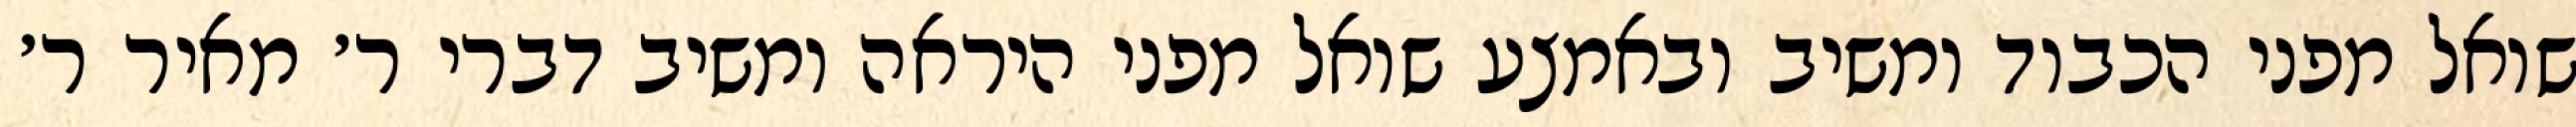
שואל מפני הכבוד ומשיב ובאמצע שואל מפני היראה ומשיב דברי ר׳ מאיר ר׳